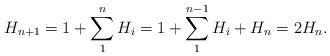
LaTeX: \begin{align*}H_{n + 1} = 1 + \sum_1^{n} H_{i} &= 1 + \sum_1^{n - 1} H_{i} + H_{n} = 2H_{n}.\end{align*}